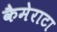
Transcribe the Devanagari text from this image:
कैमेराटा